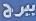
ببرج